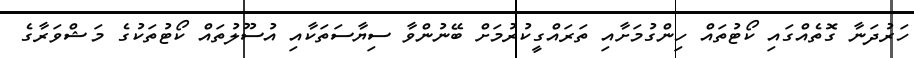
ހަރުދަނާ ގޮތެއްގައި ކޯޓުތައް ހިންގުމަށާއި ތަރައްގީކުރުމަށް ބޭނުންވާ ސިޔާސަތަކާއި އުސޫލުތައް ކޯޓުތަކުގެ މަޝްވަރާގެ